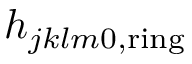
h _ { j k l m 0 , \mathrm { r i n g } }